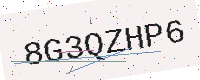
Text: 8G3QZHP6